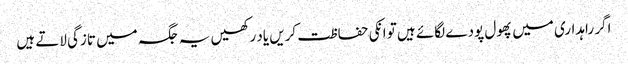
اگر راہداری میں پھول پودے لگائے ہیں تو انکی حفاظت کریں یاد رکھیں یہ جگہ میں تازگی لاتے ہیں